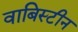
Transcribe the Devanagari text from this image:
वाबिस्टीन